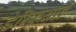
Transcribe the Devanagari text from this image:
डेम्फियाई